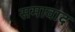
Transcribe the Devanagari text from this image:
समावाद